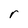
Character: r